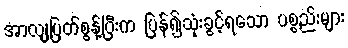
အာလျပြတ်စွန့်ပြီးက ပြန်၍သုံးခွင့်ရသော ပစ္စည်းများ